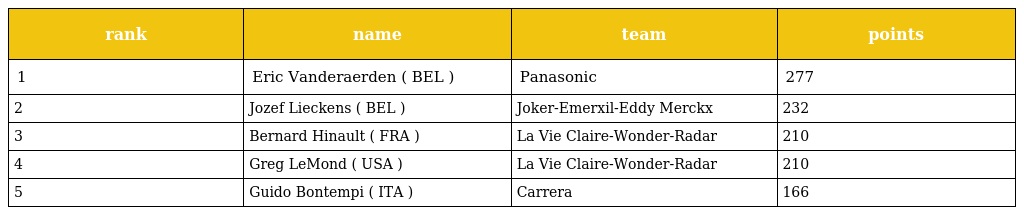
| rank | name | team | points |
 | --- | --- | --- | --- |
 | 1 | Eric Vanderaerden ( BEL ) | Panasonic | 277 |
 | 2 | Jozef Lieckens ( BEL ) | Joker-Emerxil-Eddy Merckx | 232 |
 | 3 | Bernard Hinault ( FRA ) | La Vie Claire-Wonder-Radar | 210 |
 | 4 | Greg LeMond ( USA ) | La Vie Claire-Wonder-Radar | 210 |
 | 5 | Guido Bontempi ( ITA ) | Carrera | 166 |